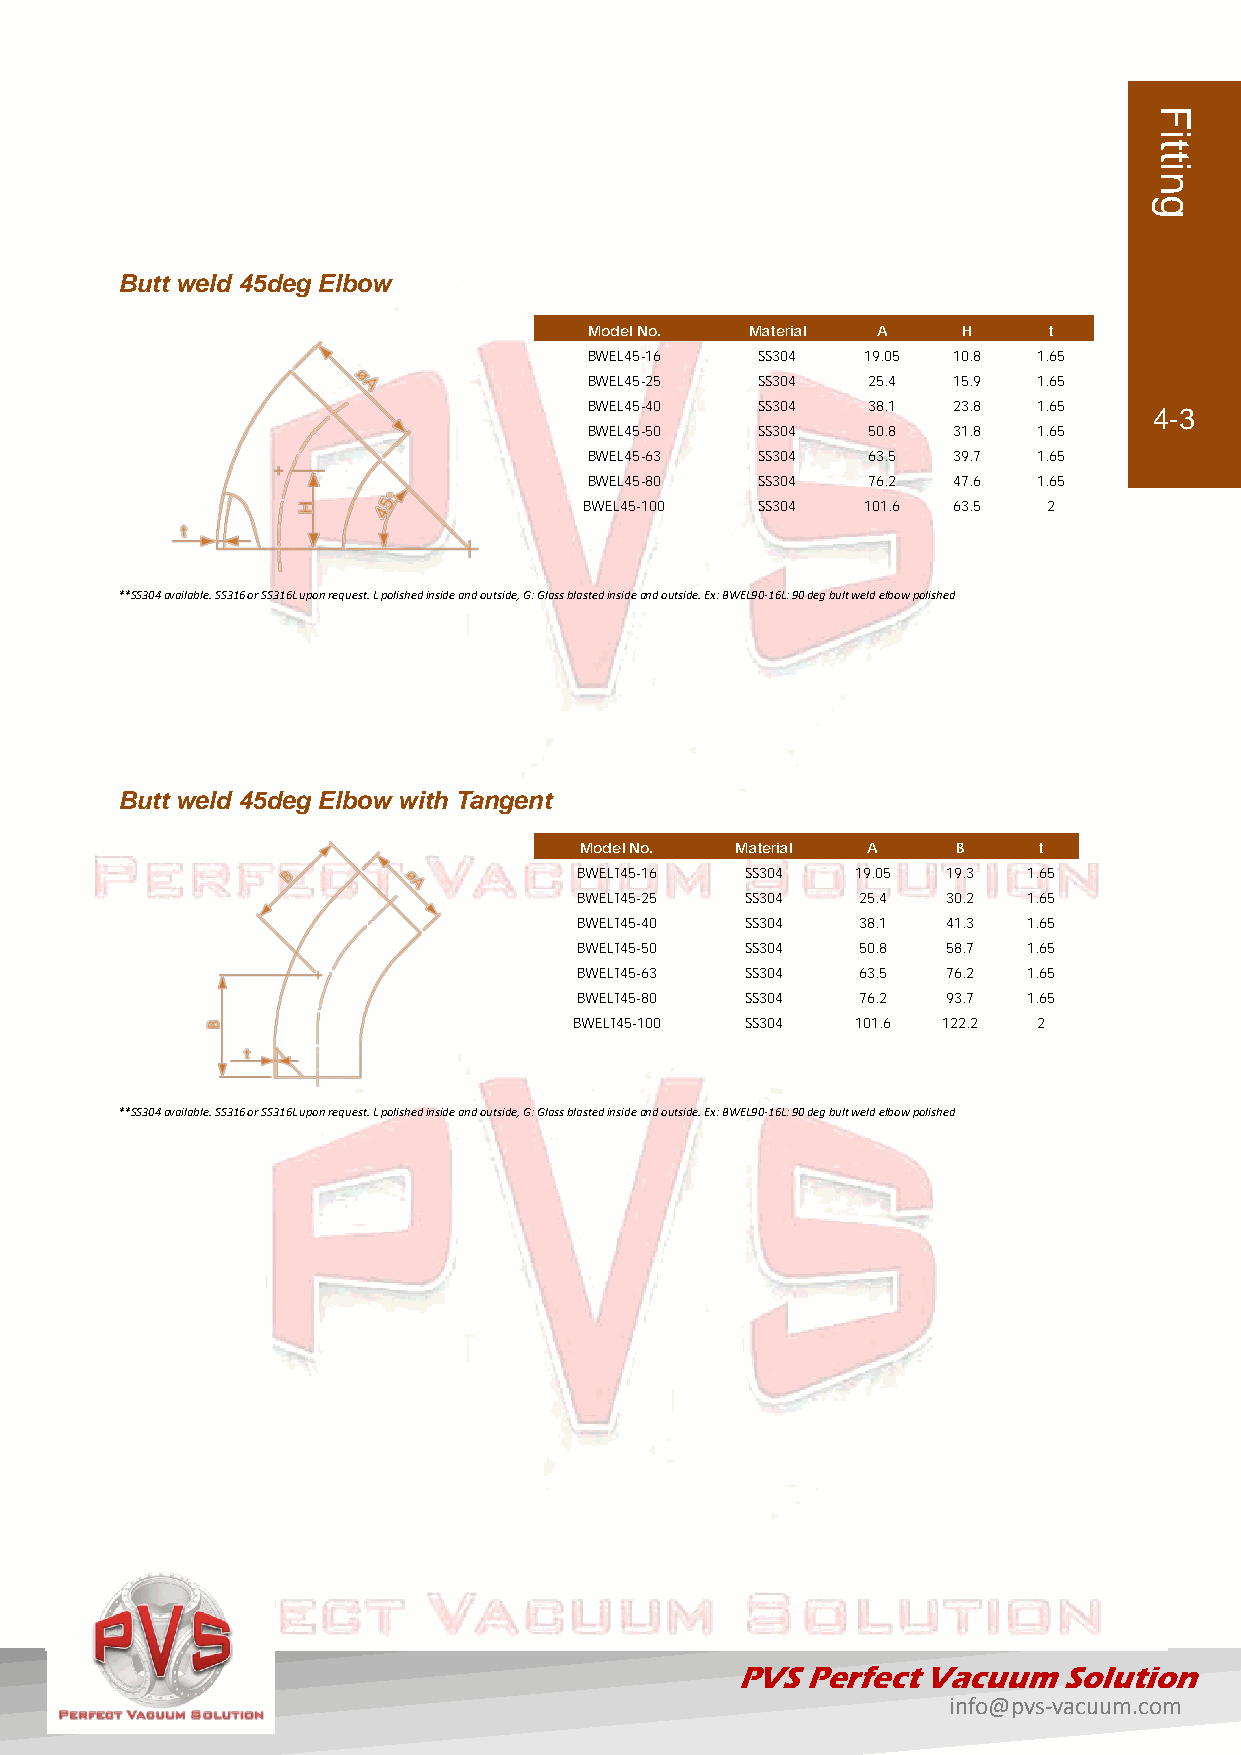
Butt weld 45deg Elbow
 Model No.  Material A    H    t
 BWEL45-16  SS304  19.05 10.8  1.65
 BWEL45-25  SS304  25.4  15.9  1.65
 BWEL45-40  SS304  38.1  23.8  1.65
 4-3
 BWEL45-50  SS304  50.8  31.8  1.65
 BWEL45-63  SS304  63.5  39.7  1.65
 BWEL45-80  SS304  76.2  47.6  1.65
 BWEL45-100 SS304  101.6 63.5  2
 **SS304 available. SS316 or SS316L upon request. L polished inside and outside, G: Glass blasted inside and outside. Ex: BWEL90-16L: 90 deg bult weld elbow polished
 Butt weld 45deg Elbow with Tangent
 Model No.  Material A    B     t
 BWELT45-16 SS304   19.05 19.3 1.65
 BWELT45-25 SS304   25.4  30.2 1.65
 BWELT45-40 SS304   38.1  41.3 1.65
 BWELT45-50 SS304   50.8  58.7 1.65
 BWELT45-63 SS304   63.5  76.2 1.65
 BWELT45-80 SS304   76.2  93.7 1.65
 BWELT45-100 SS304  101.6 122.2 2
 **SS304 available. SS316 or SS316L upon request. L polished inside and outside, G: Glass blasted inside and outside. Ex: BWEL90-16L: 90 deg bult weld elbow polished
 PVS Perfect Vacuum   Solution
 info@pvs-vacuum.com
 Fitting